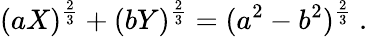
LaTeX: (aX)^{\frac{2}{3}}+(bY)^{\frac{2}{3}}=(a^{2}-b^{2})^{\frac{2}{3}}\ .